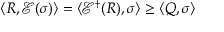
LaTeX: \langle R , { \mathcal { E } } ( \sigma ) \rangle = \langle { \mathcal { E } } ^ { \dagger } ( R ) , \sigma \rangle \geq \langle Q , \sigma \rangle